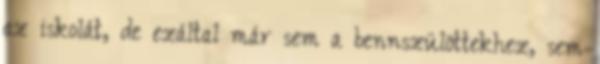
az iskolát, de ezáltal már sem a bennszülöttekhez, sem